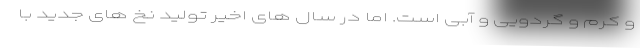
و کرم و گردویی و آبی است. اما در سال های اخیر تولید نخ های جدید با